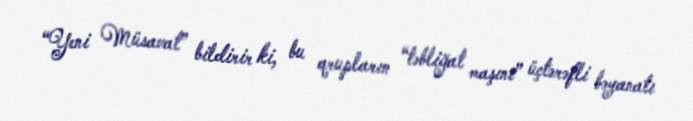
“Yeni Müsavat” bildirir ki, bu qrupların “təbliğat maşını” üçtərəfli bəyanatı